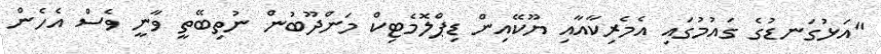
"އަޅުގަނޑުގެ ގައުމުގައި އެމެރިކާއާއި ޔޫކޭއިން ޑިޕްލޮމެޓިކް މަންދޫބުން ނުތިބޭތީ ވާނީ ވެސް އެހެން